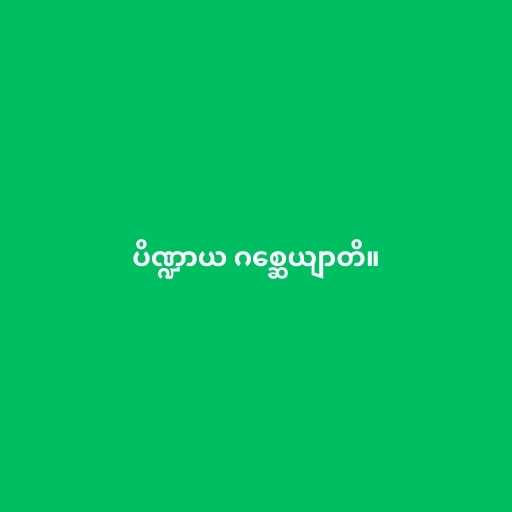
ပိဏ္ဍာယ ဂစ္ဆေယျာတိ။